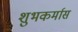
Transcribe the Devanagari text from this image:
शुभकर्मास